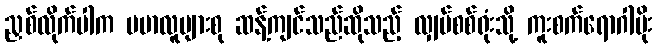
ညှစ်လိုက်ပါက ဗမာလူများစု ဆန့်ကျင်သည်ဆိုသည့် လျှပ်စစ်ရုံးသို့ ကူးစက်ရောဂါပိုး